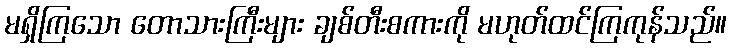
မရှိကြသော တောသားကြီးများ ချစ်တီးစကားကို မဟုတ်ထင်ကြကုန်သည်။